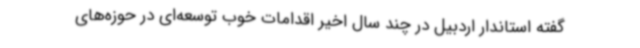
گفته استاندار اردبیل در چند سال اخیر اقدامات خوب توسعه‌ای در حوزه‌های